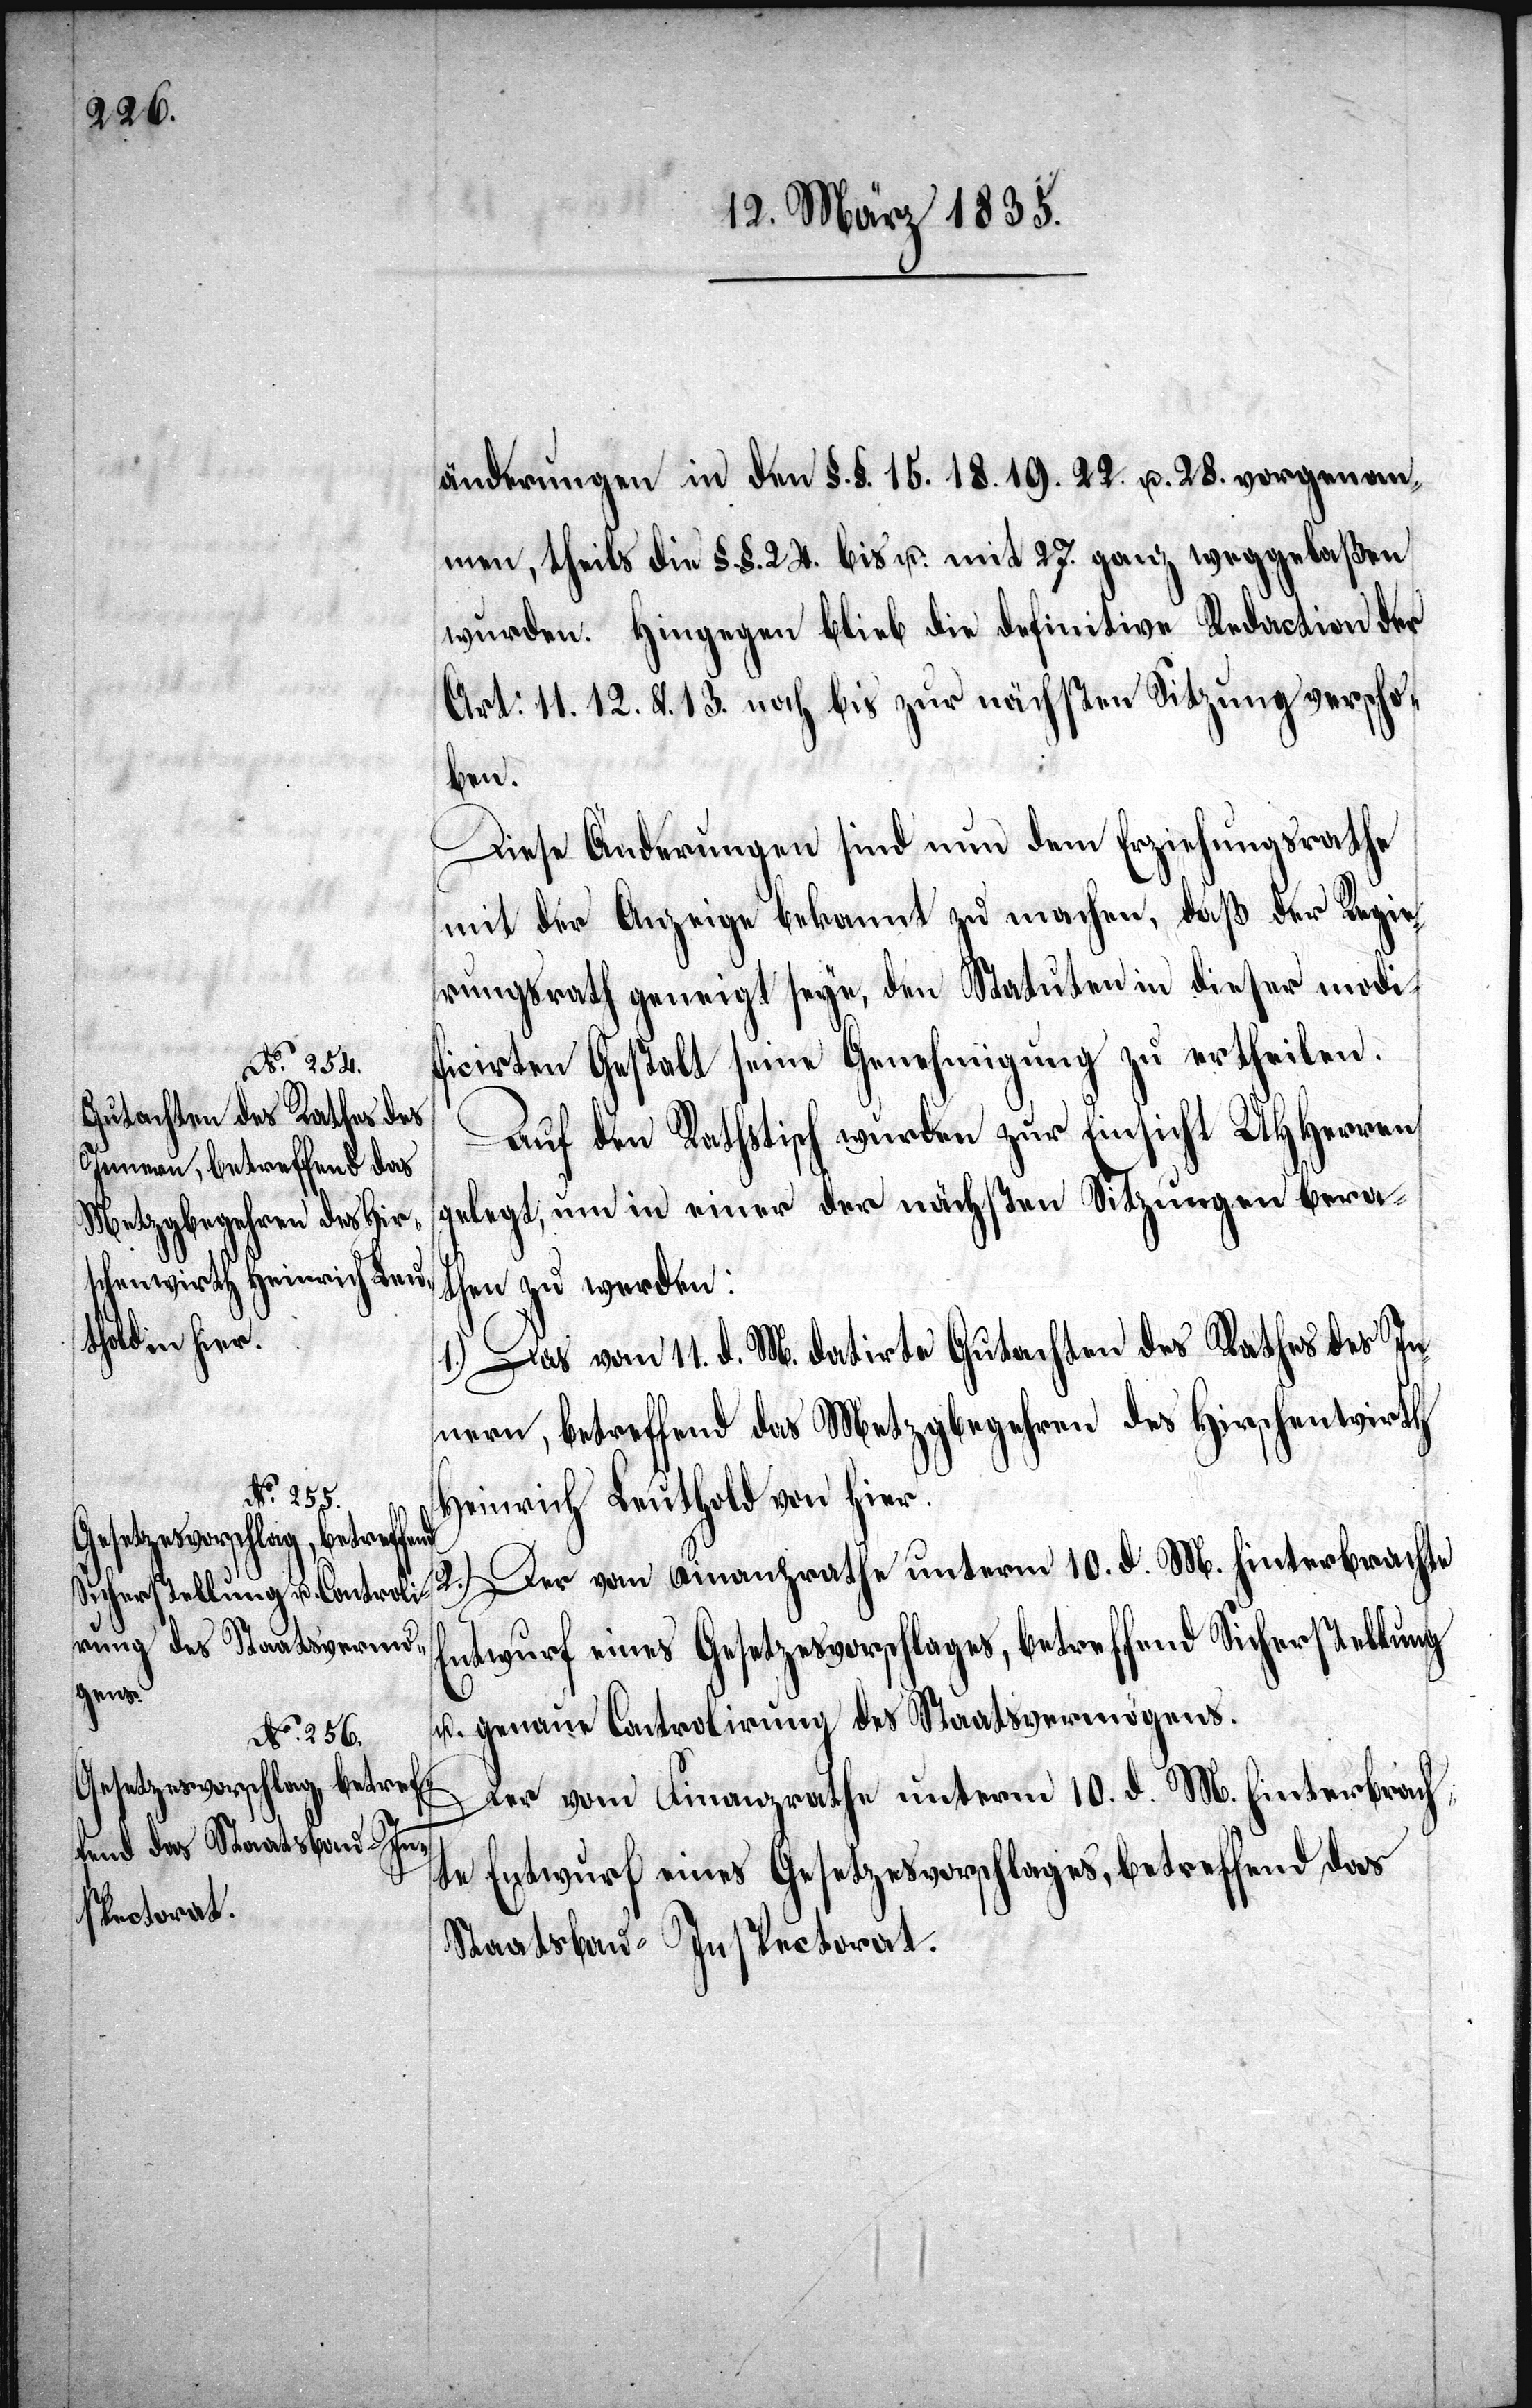
änderungen in den §. §. 15. 18. 19. 22. u. 28. vorgenom¬
men, theils die §. §. 24. bis u. mit 27. ganz weggelaßen
wurden. Hingegen blieb die definitive Redaction der
Art: 11. 12. &. 13. noch bis zur nächsten Sitzung verscho¬
ben.
Diese Änderungen sind nun dem Erziehungsrathe
mit der Anzeige bekannt zu machen, daß der Regie¬
rungsrath geneigt seye, den Statuten in dieser modi¬
ficirten Gestalt seine Genehmigung zu ertheilen.
Auf den Rathstisch wurden zur Einsicht UHHerren
gelegt, um in einer der nächsten Sitzungen bera¬
then zu werden:
1.) Das vom 11. d. M. datirte Gutachten des Rathes des In¬
nern, betreffend das Metzgbegehren des Hirschenwirth
Heinrich Leuthold von hier.
2.) Der vom Finanzrath unterm 10. d. M. hinterbrachte
Entwurf eines Gesetzesvorschlages, betreffend Sicherstellung
u. genaue Controlirung des Staatsvermögens.
Der vom Finanzrathe unterm 10. d. M. hinterbrach¬
te Entwurf eines Gesetzesvorschlages, betreffend das
Staatsbau-Inspectorat.